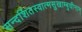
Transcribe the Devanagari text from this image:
सन्दर्शितस्वात्मसुखाम्बुधीनाम्